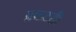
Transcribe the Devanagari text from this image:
प्रकटही